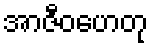
အာဇီဝဟေတု